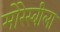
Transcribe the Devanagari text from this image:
मोरेस्बीला